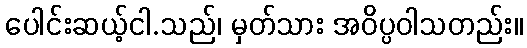
ပေါင်းဆယ့်ငါ.သည်၊ မှတ်သား အဝိပ္ပဝါသတည်း။